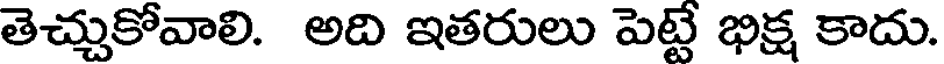
తెచ్చుకోవాలి. అది ఇతరులు పెట్టే భిక్ష కాదు.